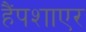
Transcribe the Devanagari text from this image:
हैंपशाएर